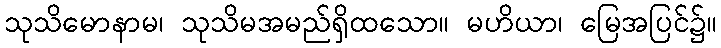
သုသိမောနာမ၊ သုသိမအမည်ရှိထသော။ မဟိယာ၊ မြေအပြင်၌။